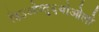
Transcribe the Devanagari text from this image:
हिउओय्र्तु६योओलो